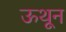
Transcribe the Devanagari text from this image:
ऊथून